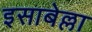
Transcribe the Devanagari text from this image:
इसाबेल्ला